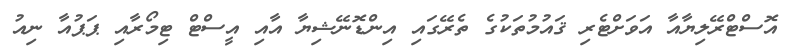
އޮސްޓްރޭލިޔާއާ އަވަށްޓެރި ޤައުމުތަކުގެ ތެރޭގައި އިންޑޮނޭޝިޔާ އާއި އީސްޓް ޓިމޯރާއި ޕަޕުއާ ނިއު